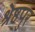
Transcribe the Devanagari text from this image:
श्रेष्ठपुर